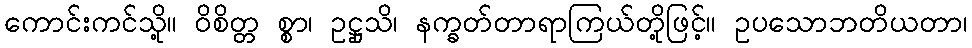
ကောင်းကင်သို့။ ဝိစိတ္တ စ္စာ၊ ဥဋ္ဌုသိ၊ နက္ခတ်တာရာကြယ်တို့ဖြင့်။ ဥပသောဘတိယတာ၊